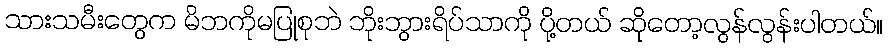
သားသမီးတွေက မိဘကိုမပြုစုဘဲ ဘိုးဘွားရိပ်သာကို ပို့တယ် ဆိုတော့လွန်လွန်းပါတယ်။